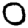
Digit: 0